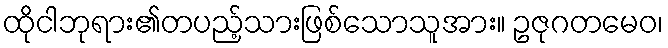
ထိုငါဘုရား၏တပည့်သားဖြစ်သောသူအား။ ဥဇုဂတမေဝ၊